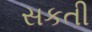
સકતી